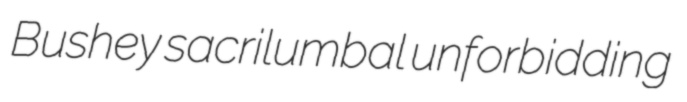
Bushey sacrilumbal unforbidding